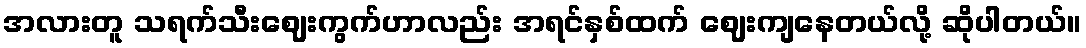
အလားတူ သရက်သီးဈေးကွက်ဟာလည်း အရင်နှစ်ထက် ဈေးကျနေတယ်လို့ ဆိုပါတယ်။